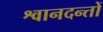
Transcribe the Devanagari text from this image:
श्वानदन्तों